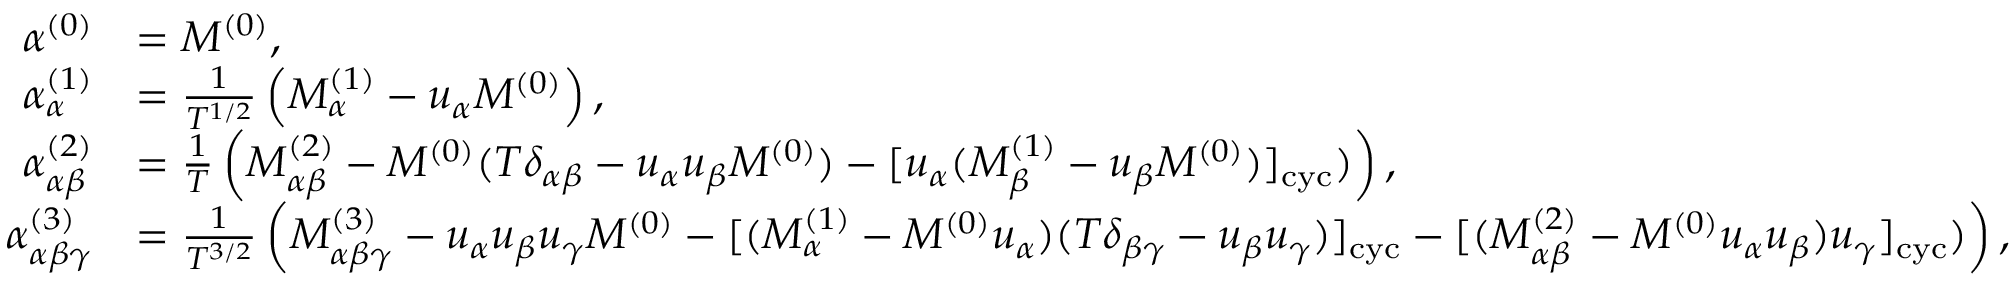
\begin{array} { r l } { \alpha ^ { ( 0 ) } } & { = M ^ { ( 0 ) } , } \\ { \alpha _ { \alpha } ^ { ( 1 ) } } & { = \frac { 1 } { T ^ { 1 / 2 } } \left( M _ { \alpha } ^ { ( 1 ) } - u _ { \alpha } M ^ { ( 0 ) } \right) , } \\ { \alpha _ { \alpha \beta } ^ { ( 2 ) } } & { = \frac { 1 } { T } \left( M _ { \alpha \beta } ^ { ( 2 ) } - M ^ { ( 0 ) } ( T \delta _ { \alpha \beta } - u _ { \alpha } u _ { \beta } M ^ { ( 0 ) } ) - [ u _ { \alpha } ( M _ { \beta } ^ { ( 1 ) } - u _ { \beta } M ^ { ( 0 ) } ) ] _ { \mathrm { c y c } } ) \right) , } \\ { \alpha _ { \alpha \beta \gamma } ^ { ( 3 ) } } & { = \frac { 1 } { T ^ { 3 / 2 } } \left( M _ { \alpha \beta \gamma } ^ { ( 3 ) } - u _ { \alpha } u _ { \beta } u _ { \gamma } M ^ { ( 0 ) } - [ ( M _ { \alpha } ^ { ( 1 ) } - M ^ { ( 0 ) } u _ { \alpha } ) ( T \delta _ { \beta \gamma } - u _ { \beta } u _ { \gamma } ) ] _ { \mathrm { c y c } } - [ ( M _ { \alpha \beta } ^ { ( 2 ) } - M ^ { ( 0 ) } u _ { \alpha } u _ { \beta } ) u _ { \gamma } ] _ { \mathrm { c y c } } ) \right) , } \end{array}